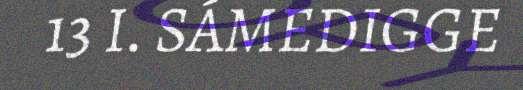
13 I. SÁMEDIGGE